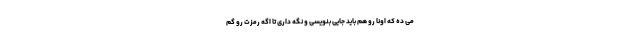
می ده که اونا رو هم باید جایی بنویسی و نگه داری تا اگه رمزت رو گم